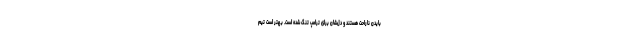
بایدن ناراحت هستند و دل‌شان برای ترامپ تنگ شده است. بهتر است تیم